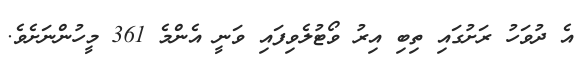
އެ ދުވަހު ރަށުގައި ތިބި އިރު ވޯޓުލެވިފައި ވަނީ އެންމެ 361 މީހުންނަށެވެ.